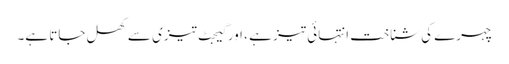
چہرے کی شناخت انتہائی تیز ہے ، اور گیجٹ تیزی سے کھل جاتا ہے۔